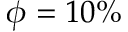
\phi = 1 0 \%